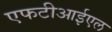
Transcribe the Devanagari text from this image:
एफटीआईएल